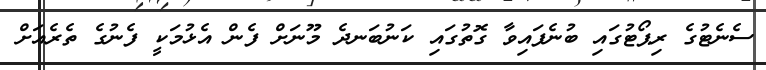
ސެނެޓުގެ ރިޕޯޓުގައި ބުނެފައިވާ ގޮތުގައި ކަނުބަނދެ މޫނަށް ފެން އެޅުމަކީ ފެނުގެ ތެރެއަށް